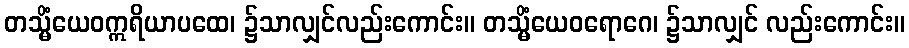
တသ္မိံယေဝဣရိယာပထေ၊ ၌သာလျှင်လည်းကောင်း။ တသ္မိံယေဝရောဂေ၊ ၌သာလျှင် လည်းကောင်း။